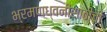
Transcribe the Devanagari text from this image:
भ्रमणध्वनीसाठीची